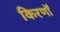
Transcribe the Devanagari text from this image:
किरणोँ